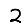
Digit: 2